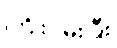
ကြိုးပမ်းပြီး